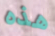
هذه